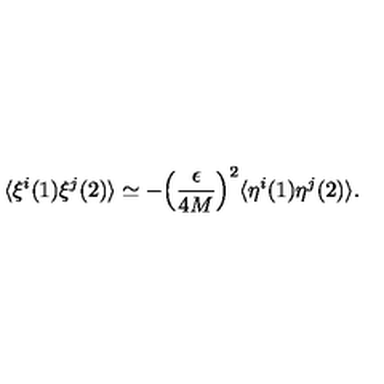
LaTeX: \langle \xi ^ { i } ( 1 ) \xi ^ { j } ( 2 ) \rangle \simeq - \Bigl ( \frac { \epsilon } { 4 M } \Bigr ) ^ { 2 } \langle \eta ^ { i } ( 1 ) \eta ^ { j } ( 2 ) \rangle .